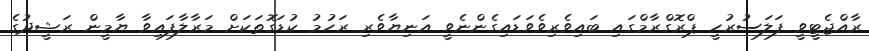
ރާއްޖެޓީވީ ފަލަސުރުހީ ޕްރޮގްރާމްގައި ބައިވެރިވެވަޑައިގެންނެވީ އަނިޔާވެރި ރަހުމު ކުޑަގޮތަކަށް މަރާލާފައިވާ ޔާމީން ރަޝީދުގެ